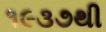
૧૯૩૭થી